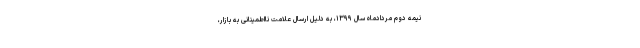
نیمه دوم مردادماه سال ۱۳۹۹، به دلیل ارسال علامت نااطمینانی به بازار،